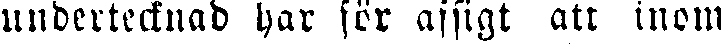
undertecknad har för afsigt att inom